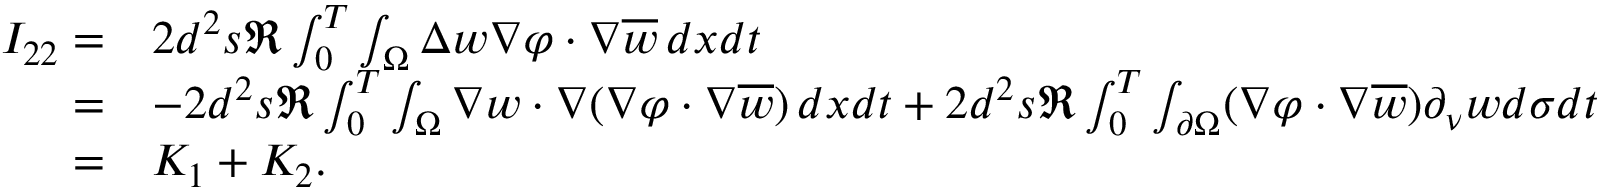
\begin{array} { r l } { I _ { 2 2 } = } & { 2 d ^ { 2 } s \Re \int _ { 0 } ^ { T } \int _ { \Omega } \Delta w \nabla \varphi \cdot \nabla \overline { { w } } \, d x d t } \\ { = } & { - 2 d ^ { 2 } s \Re \int _ { 0 } ^ { T } \int _ { \Omega } \nabla w \cdot \nabla ( \nabla \varphi \cdot \nabla \overline { { w } } ) \, d x d t + 2 d ^ { 2 } s \Re \int _ { 0 } ^ { T } \int _ { \partial \Omega } ( \nabla \varphi \cdot \nabla \overline { { w } } ) \partial _ { \nu } w d \sigma d t } \\ { = } & { K _ { 1 } + K _ { 2 } . } \end{array}